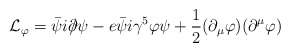
\begin{align*}{\cal L}_\varphi =\bar{\psi}i\partial \!\!\!/\psi -e\bar{\psi}i\gamma^5\varphi \psi +\frac 12(\partial _\mu \varphi )(\partial ^\mu \varphi )\end{align*}